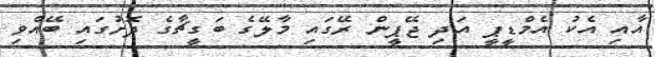
އާއި އެކު އެމްޑީޕީ އަދި ޖޭޕީން ރޭގައި މާލޭގެ ބަގީޗާގެ ދޮށުގައި ބޭއްވި